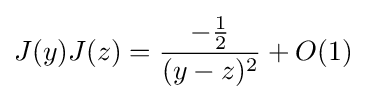
J(y)J(z)={\frac {-{\frac {1}{2}}}{(y-z)^{2}}}+O(1)